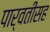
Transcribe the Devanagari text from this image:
पार्वतीसह